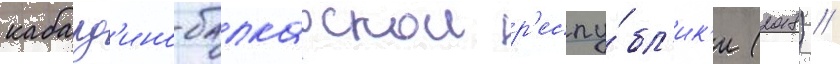
кабард'ино-балкарскои р'еспу́бл'ик'и (2018) //